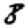
Digit: 8